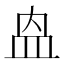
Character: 𭽼